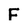
Character: F